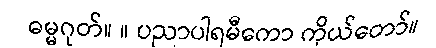
ဓမ္မဂုတ်။ ။ ပညာပါရမီကော ကိုယ်တော်။